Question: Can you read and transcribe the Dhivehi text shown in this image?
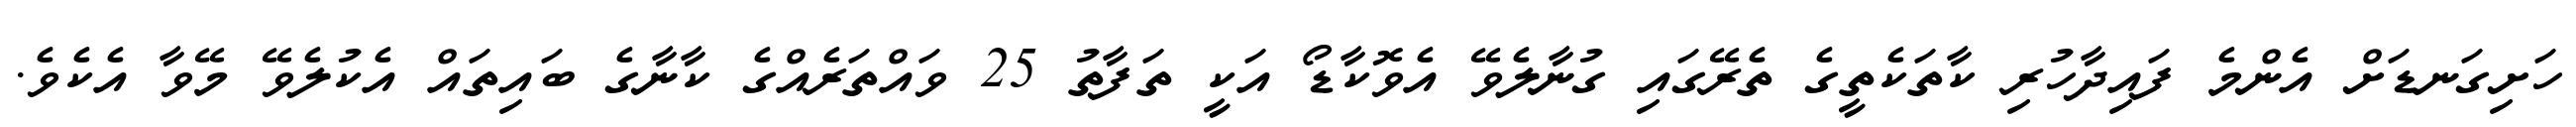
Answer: ހަށިގަނޑަށް އެންމެ ފައިދާހުރި ކާތަކެތީގެ ތެރޭގައި ގުނާލެވޭ އެވޮކާޑޯ އަކީ ތަފާތު 25 ވައްތަރެއްގެ ކާނާގެ ބައިތައް އެކުލެވޭ މޭވާ އެކެވެ.